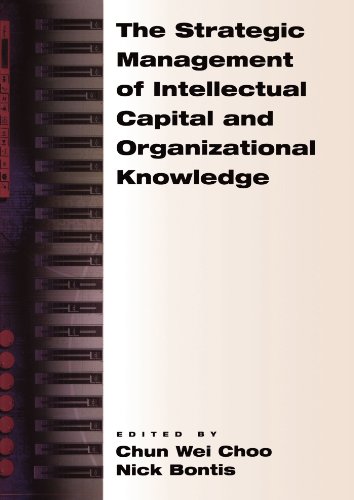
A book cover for The Strategic Management of Intellectual Capital and Organizational Knowledge; Business & Money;